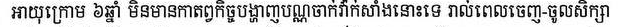
អាយុក្រោម ៦ឆ្នាំ មិនមានកាតព្វកិច្ចបង្ហាញបណ្ណចាក់វ៉ាក់សាំងនោះទេ រាល់ពេលចេញ-ចូលសិក្សា